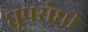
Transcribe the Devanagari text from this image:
धूपरोधी